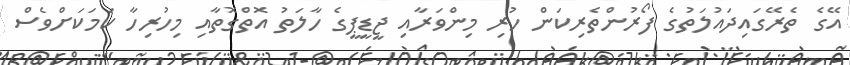
އޭގެ ތެރޭގައިދައުލަތުގެ ފޯރުންތެރިކަން ހުރި މިންވަރާއި ޖީޑީޕީގެ ހާލަތު އޮތްގޮތާއި މިހުރިހާ ކަމަކަށްވެސް